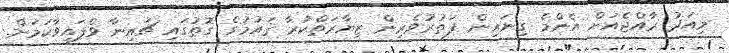
މިއަދު ރާއްޖެއަށް އެންމެ ގިނައިން ފަތުރުވެރިން ޒިޔާރަތްކުރާ ޤައުމުގެ ގޮތުގައި ޗައިނާ ވެފައިވާކަމަށް.